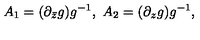
A _ { 1 } = ( \partial _ { \bar { z } } g ) g ^ { - 1 } , \ A _ { 2 } = ( \partial _ { z } g ) g ^ { - 1 } ,